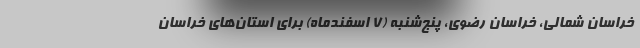
خراسان شمالی، خراسان رضوی، پنج‌شنبه (۷ اسفندماه) برای استان‌های خراسان